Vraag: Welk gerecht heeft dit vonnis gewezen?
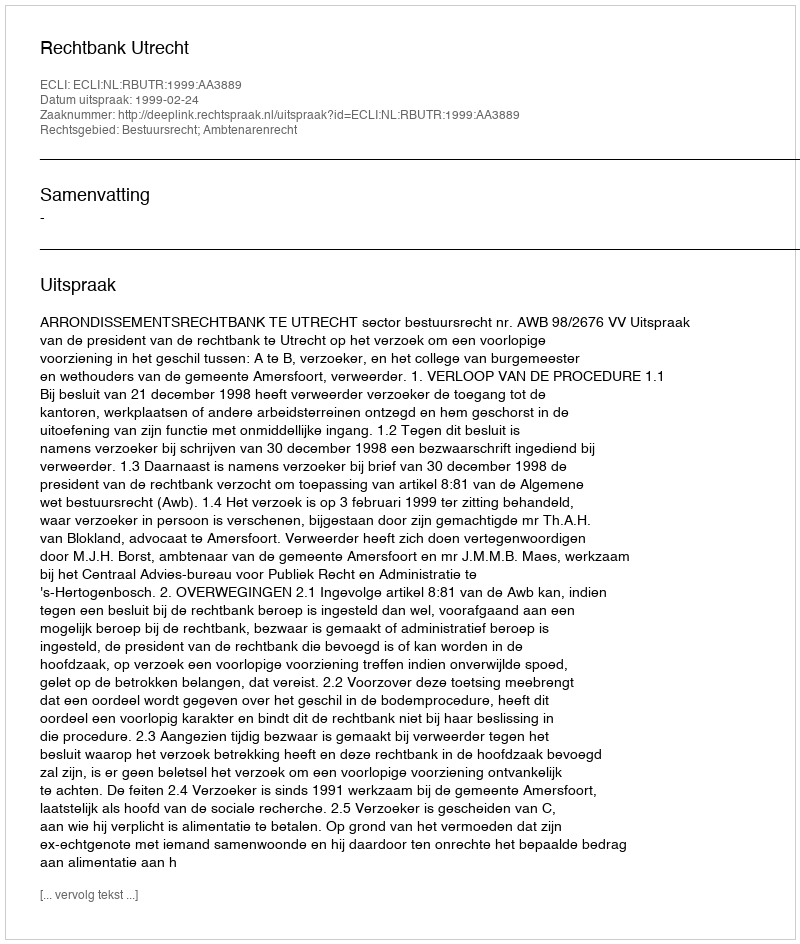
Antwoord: Rechtbank Utrecht